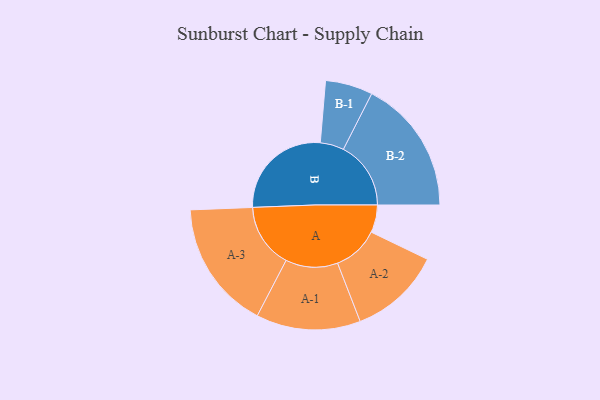
{"axis": {"x": "Segment", "y": "Value"}, "legend": ["", "A", "B"], "data": [{"x": "A", "y": 121, "type": ""}, {"x": "B", "y": 456, "type": ""}, {"x": "A-1", "y": 229, "type": "A"}, {"x": "A-2", "y": 202, "type": "A"}, {"x": "A-3", "y": 283, "type": "A"}, {"x": "B-1", "y": 104, "type": "B"}, {"x": "B-2", "y": 296, "type": "B"}]}